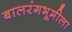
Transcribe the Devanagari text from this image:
बालरंगभूमीला